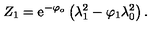
{ Z } _ { 1 } = \mathrm { e } ^ { - \varphi _ { o } } \left( \lambda _ { 1 } ^ { 2 } - \varphi _ { 1 } \lambda _ { 0 } ^ { 2 } \right) .